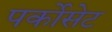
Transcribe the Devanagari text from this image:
पर्कोसेट